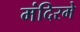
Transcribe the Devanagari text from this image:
मंदिरमे